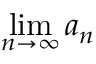
\operatorname* { l i m } _ { n \to \infty } a _ { n }